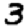
Digit: 3